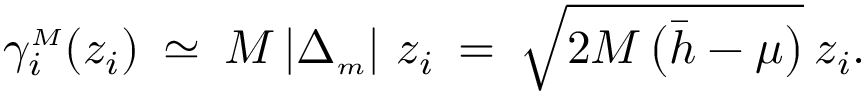
\begin{array} { r } { \gamma _ { i } ^ { { \scriptscriptstyle M } } ( z _ { i } ) \: \simeq \: M \left| \Delta _ { { \scriptscriptstyle m } } \right| \, z _ { i } \: = \: \sqrt { 2 M \, \big ( \bar { h } - \mu \big ) } \: z _ { i } . } \end{array}